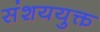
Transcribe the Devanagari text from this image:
संशययुक्त